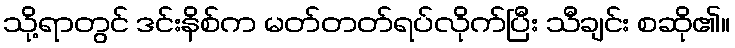
သို့ရာတွင် ဒင်းနိစ်က မတ်တတ်ရပ်လိုက်ပြီး သီချင်း စဆို၏။